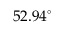
5 2 . 9 4 ^ { \circ }